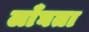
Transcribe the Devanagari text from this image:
लाँघता